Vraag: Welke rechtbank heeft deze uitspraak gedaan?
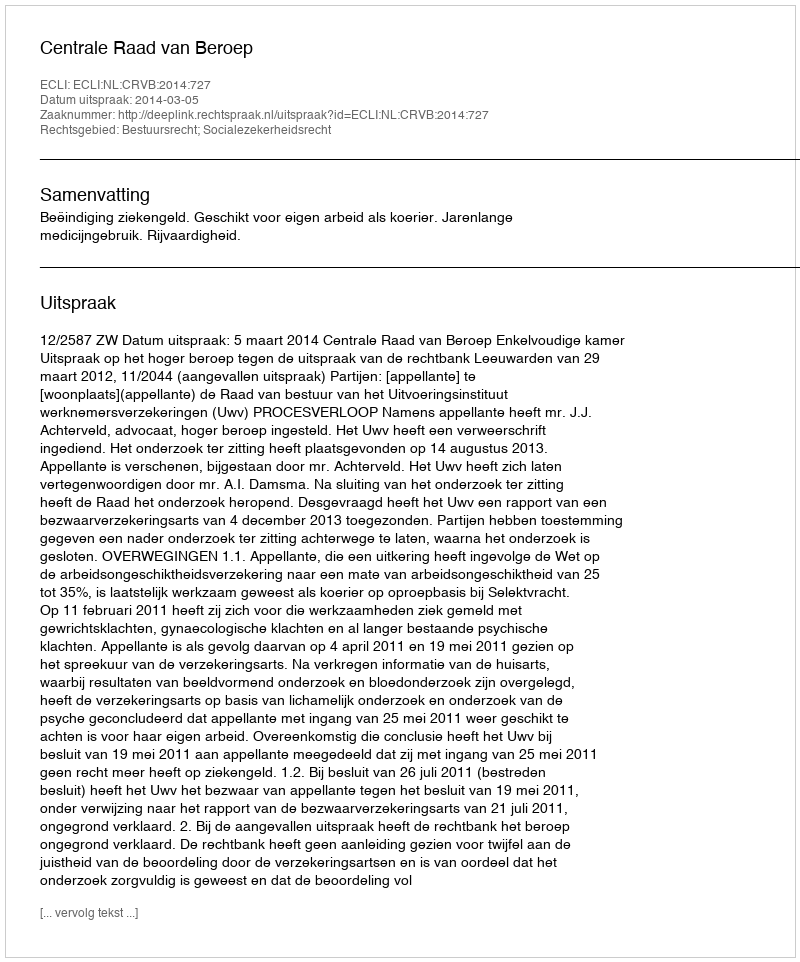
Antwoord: Centrale Raad van Beroep